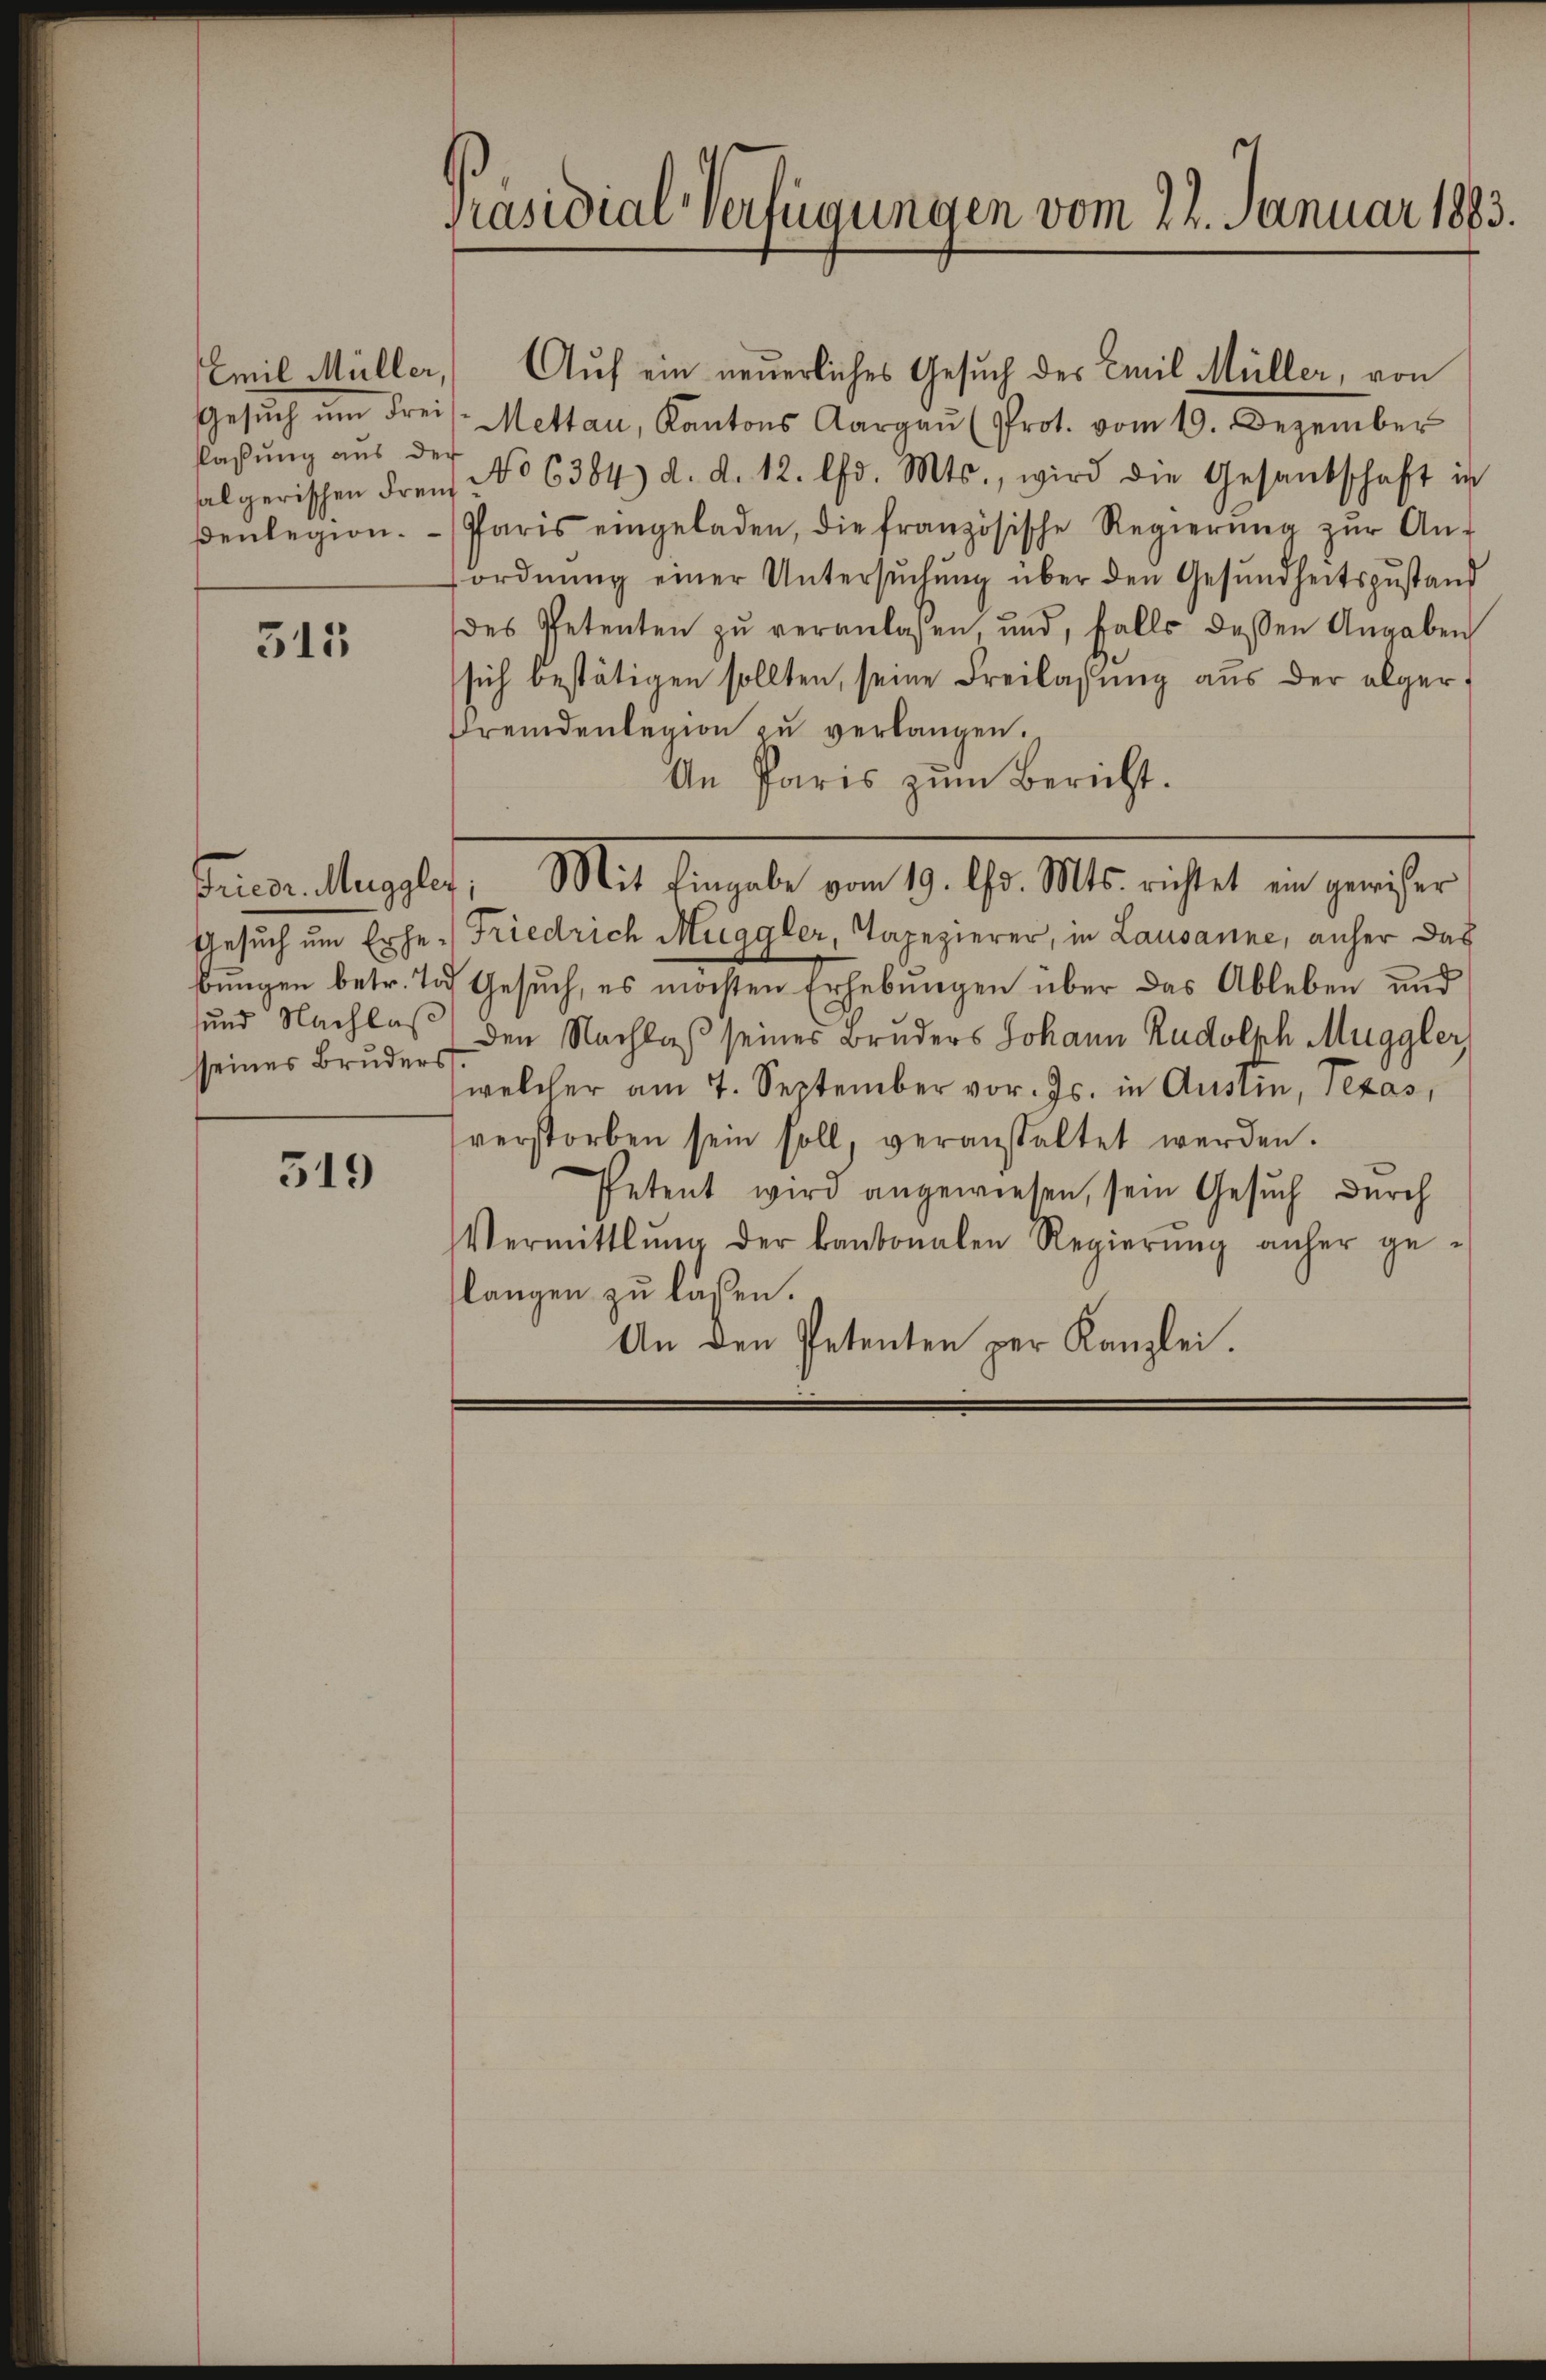
flaßung aus der

315

sseines Bruders

519

Präsidial-Verfügungen vom 22. Januar 1883.

Emil Müller, Auf ein neuerliches Gesuch des Emil Müller, von
Gesŭch ŭm Freis-Mettau, Kantons Aargaŭ (Prot. vom 19. Dezember
algerischen drei No 6384) d. d. 12. lfd. Mts., wird die Gesantschaft in
denlegion. Paris eingeladen, die französische Regierŭng zŭr An-
ordnŭng einer Untersŭchŭng über den Gesŭndheitszustand
des Petenten zŭ veranlassen, und, falls dessen Angaben
sich bestätigen sollten, seine Freilassung aus der alger¬
Fremdenlegion zŭ verlangen.
An Paris zum Bericht.
Tricor. Muggler, Mit Eingabe vom 19. ds. Mts. richtet ein gewisser
Gesuch um Erhe-Friedrich Muggler, Tapezierer, in Lausanne, anher das
bŭngen betr. Tod Gesŭch, es möchten Erhebungen über das Ableben und
sund Nachlaß den Nachlaß seines Bruders Johann Rudolph Muggler,
welcher am 7. September vor. Js. in Ausein, Texas,
verstorben sein soll, veranstaltet werden.
Petent wird angewiesen, sein Gesuch durch
Vermittlung der kantonalen Regierŭng anher ge-
langen zu lassen.
An den Petenten per Kanzlei.